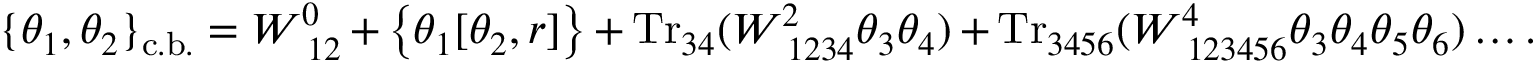
\{ \theta _ { 1 } , \theta _ { 2 } \} _ { \mathrm { c . b . } } = W _ { ~ 1 2 } ^ { 0 } + \left\{ \theta _ { 1 } [ \theta _ { 2 } , r ] \right\} + \mathrm { T r } _ { 3 4 } ( W _ { ~ 1 2 3 4 } ^ { 2 } \theta _ { 3 } \theta _ { 4 } ) + \mathrm { T r } _ { 3 4 5 6 } ( W _ { ~ 1 2 3 4 5 6 } ^ { 4 } \theta _ { 3 } \theta _ { 4 } \theta _ { 5 } \theta _ { 6 } ) \ldots .